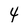
Character: 4